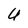
Character: U